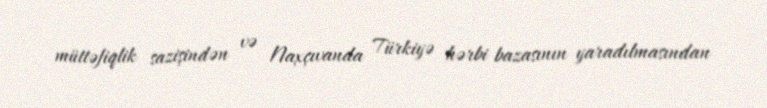
müttəfiqlik sazişindən və Naxçıvanda Türkiyə hərbi bazasının yaradılmasından